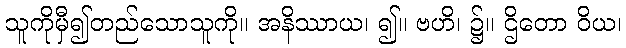
သူကိုမှီ၍တည်သောသူကို။ အနိဿာယ၊ ၍။ ဗဟိ၊ ၌။ ဌိတော ဝိယ၊